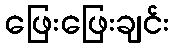
ဖြေးဖြေးချင်း